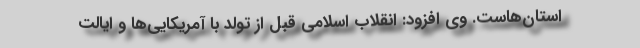
استان‌هاست. وی افزود: انقلاب اسلامی قبل از تولد با آمریکایی‌ها و ایالت